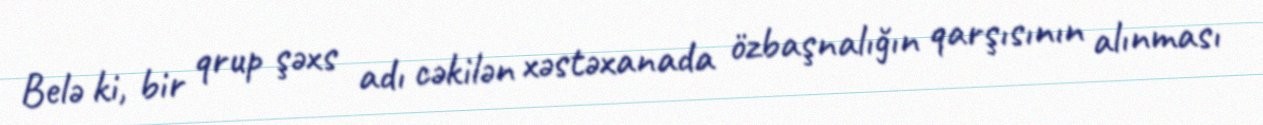
Belə ki, bir qrup şəxs adı cəkilən xəstəxanada özbaşnalığın qarşısının alınması